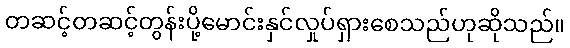
တဆင့်တဆင့်တွန်းပို့မောင်းနှင်လှုပ်ရှားစေသည်ဟုဆိုသည်။